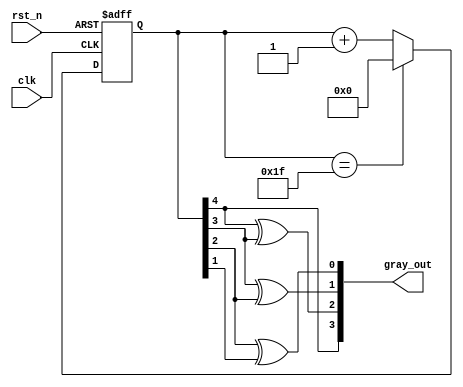
`timescale 1ns / 1ps
//////////////////////////////////////////////////////////////////////////////////
// Company: 
// Engineer: 
// 
// Design Name: 
// Module Name: gray_counter
// Project Name: 
// Target Devices: 
// Tool Versions: 
// Description: 
// 
// Dependencies: 
// 
// Revision:
// Revision 0.01 - File Created
// Additional Comments:
// 
//////////////////////////////////////////////////////////////////////////////////


module gray_counter(
    input               clk,
    input               rst_n,
 
    output  reg [3:0]   gray_out
    );

reg     [4 : 0] binCounter;
wire    [3:0]   bin;
assign  bin = binCounter[4 : 1];

always@(posedge clk or negedge rst_n)
    if(!rst_n)
        binCounter <= 5'd0;
    else if(binCounter == 5'd31)
        binCounter <= 5'd0;
    else
        binCounter <= binCounter + 5'd1;

always@(gray_out, bin)
    begin
        gray_out[3] = bin[3];
        gray_out[2] = bin[3] ^ bin[2];
        gray_out[1] = bin[2] ^ bin[1];
        gray_out[0] = bin[1] ^ bin[0];
    end

endmodule